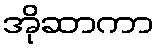
အိုဆာကာ